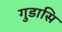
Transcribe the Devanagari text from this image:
गुडासि